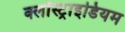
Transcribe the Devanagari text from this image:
क्लॉस्ट्राइडियम